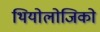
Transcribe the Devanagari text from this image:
थियोलोजिको